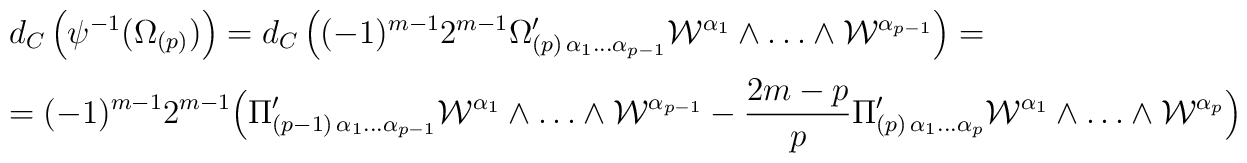
\begin{array}{l}\displaystyle d_C \left( \psi^{-1}(\Omega_{(p)}) \right)=d_C \left ( (-1)^{m-1} 2^{m-1} \Omega'_{(p)\,\alpha_1\dots \alpha_{p-1}}\mathcal{W} ^{\alpha_1}\wedge\dots\wedge \mathcal{W} ^{\alpha_{p-1}} \right)=\\[0.3cm]\displaystyle=(-1)^{m-1} 2^{m-1} \Bigl( \Pi'_{(p-1)\,\alpha_1\dots \alpha_{p-1}}\mathcal{W} ^{\alpha_1}\wedge\dots\wedge \mathcal{W} ^{\alpha_{p-1}} -{2m-p\over p} \Pi'_{(p)\,\alpha_1\dots \alpha_{p}}\mathcal{W} ^{\alpha_1}\wedge\dots\wedge \mathcal{W} ^{\alpha_{p}}\Bigr)\end{array}